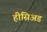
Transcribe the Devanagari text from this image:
हीसिअड